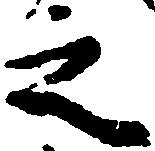
之